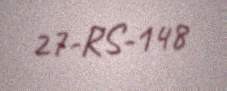
27-RS-148